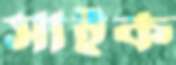
সাইক